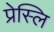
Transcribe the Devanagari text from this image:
प्रेस्लि